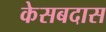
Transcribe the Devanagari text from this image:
केसबदास